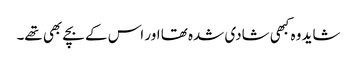
شاید وہ کبھی شادی شدہ تھا اور اس کے بچے بھی تھے۔